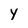
Character: y